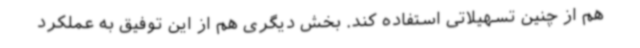
هم از چنین تسهیلاتی استفاده کند. بخش دیگری هم از این توفیق به عملکرد